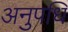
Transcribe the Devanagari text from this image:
अनुपधि